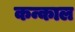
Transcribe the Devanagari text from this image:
कन्काल